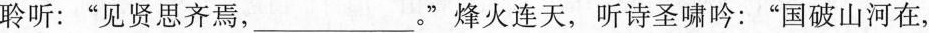
聆听：”见贤思齐焉，___。”烽火连天，听诗圣啸吟：”国破山河在，